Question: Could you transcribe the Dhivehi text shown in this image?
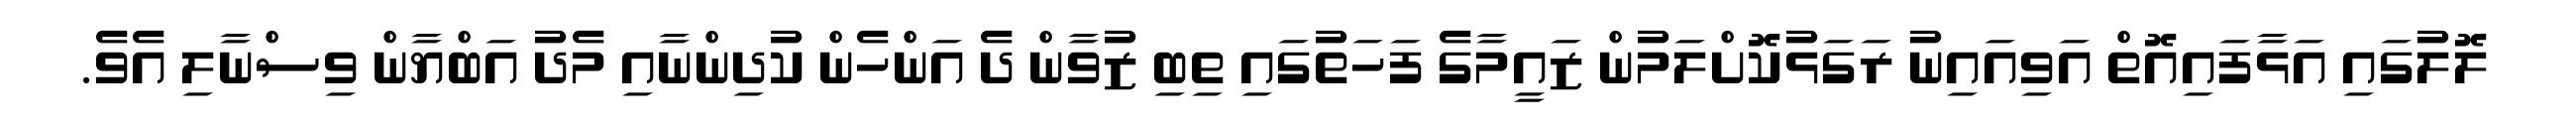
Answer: ލޮލުގައި އަޅާފައިއޮތް އަވިއައިނު ރަގަޅުކޮށްލަމުން ޒައީމާގެ ފަހަތުގައި ތިބި ޒުވާން ދެ އަންހެން ކުދިންނާއި މެދު އަބްޔާން ވިސްނާލި އެވެ.